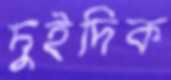
দুইদিক